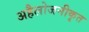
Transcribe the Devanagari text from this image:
अहैलोजनीकृत